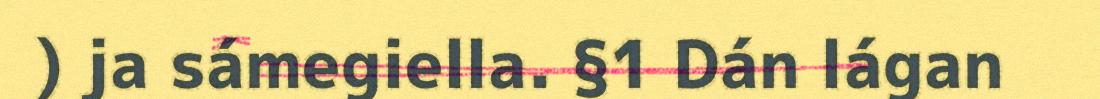
) ja sámegiella. §1 Dán lágan